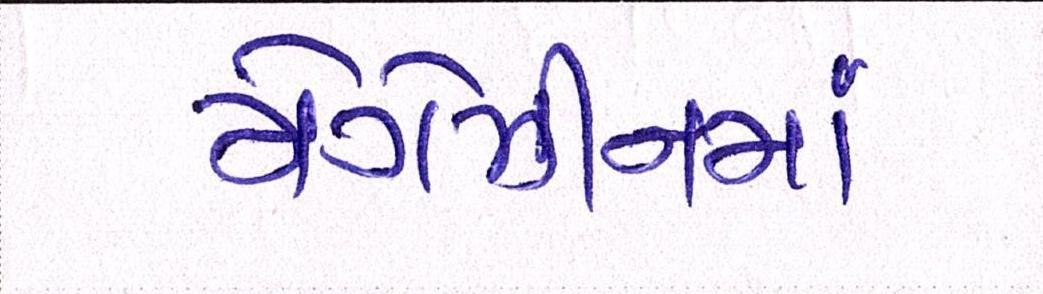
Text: મેગેઝીનમાં